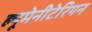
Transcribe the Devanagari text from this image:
ह्यूमेनीटेरियन